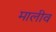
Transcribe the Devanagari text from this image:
मालीव